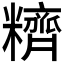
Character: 𰫕